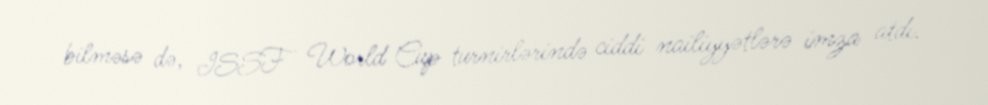
bilməsə də, ISSF World Cup turnirlərində ciddi nailiyyətlərə imza atdı.